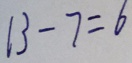
1 3 - 7 = 6